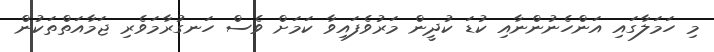
މި ހަމަލާގައި އަންހެނުންނާއި ކުޑަ ކުދީން މަރުވެފައިވާ ކަމަށް ވެސް ހަނގުރާމަވެރި ޖަމާއަތްތަކުން